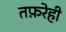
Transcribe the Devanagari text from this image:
तफ़रेही